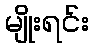
မျိုးရင်း